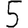
Digit: 5